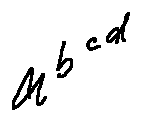
a ^ { b ^ { c ^ { d } } }